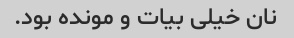
نان خیلی بیات و مونده بود.